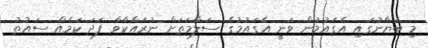
މި ބަޔާނުގައި އެގައުމުން ވަނީ އެގައުމުގެ ސަލާމަތަށް ނުރައްކާވާ ފަދަ ކަމެއް ސައުތު